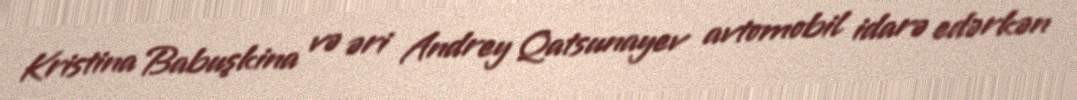
Kristina Babuşkina və əri Andrey Qatsunayev avtomobil idarə edərkən